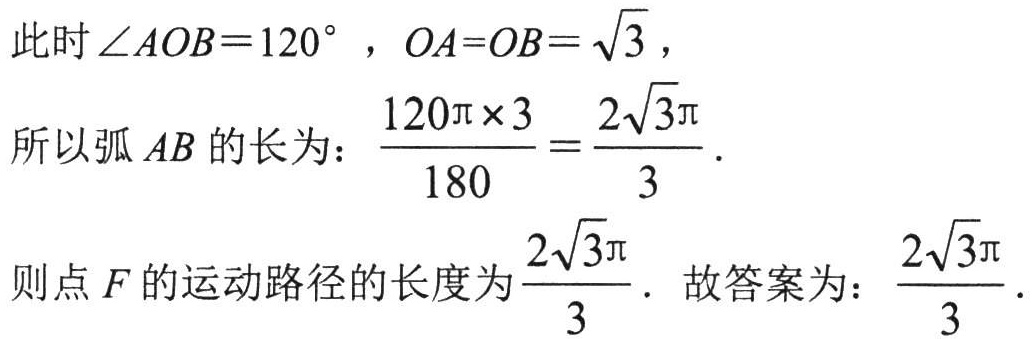
此时\(\angle AOB = 120^{\circ}\)，\(OA = OB=\sqrt{3}\)，

所以弧\(AB\)的长为：\(\frac{120\pi\times\sqrt{3}}{180}=\frac{2\sqrt{3}\pi}{3}\)．

则点\(F\)的运动路径的长度为\(\frac{2\sqrt{3}\pi}{3}\)．故答案为：\(\frac{2\sqrt{3}\pi}{3}\)．